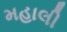
મહાલી